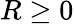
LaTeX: R\geq 0